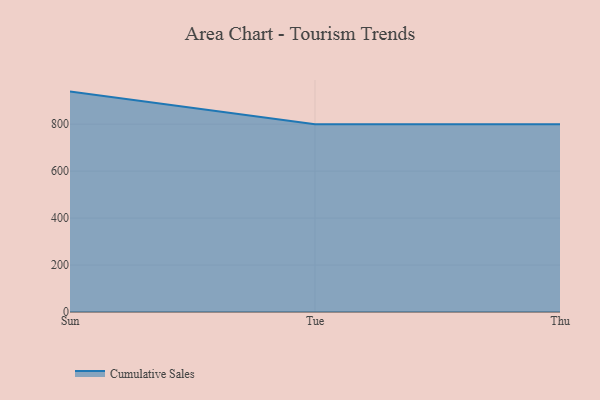
{"axis": {"x": "Day", "y": "LTV (USD)"}, "legend": ["Cumulative Sales"], "data": [{"x": "Sun", "y": 938.8, "type": "Cumulative Sales"}, {"x": "Tue", "y": 800, "type": "Cumulative Sales"}, {"x": "Thu", "y": 800, "type": "Cumulative Sales"}]}